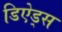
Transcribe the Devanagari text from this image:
डिऐड्स